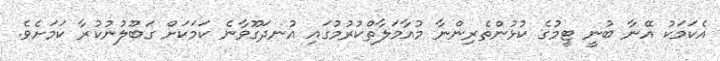
އެކަމަކު އޭނާ ބުނީ ޓީމުގެ ކުޅުންތެރިންނާ މުއާމަލާތްކުރުމުގައި އުނދަގޫވާނެ ކަމަކަށް ގަބޫލުނުކުރާ ކަމަށެވެ.